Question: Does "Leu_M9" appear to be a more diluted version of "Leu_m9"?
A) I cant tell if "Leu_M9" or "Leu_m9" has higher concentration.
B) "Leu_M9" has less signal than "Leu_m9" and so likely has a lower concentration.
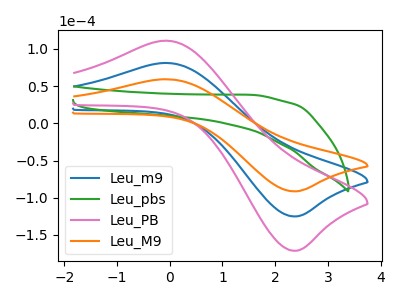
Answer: <think>The blue curve "Leu_m9" has an anodic peak at (-0.10V, 81.10uA) and a cathodic peak at (2.40V, -125.00uA). The green curve "Leu_pbs" has no peaks. The pink curve "Leu_PB" has an anodic peak at (-0.10V, 162.20uA) and a cathodic peak at (2.40V, -250.05uA). The orange curve "Leu_M9" has an anodic peak at (-0.10V, 59.25uA) and a cathodic peak at (2.40V, -91.35uA).
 All the peaks in "Leu_M9" have a peak in "Leu_m9" at the same potential. Every peak in "Leu_M9" is lower than every peak in "Leu_m9".</think>
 <answer>B) "Leu_M9" has less signal than "Leu_m9" and so likely has a lower concentration.</answer>
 <eval>B</eval>